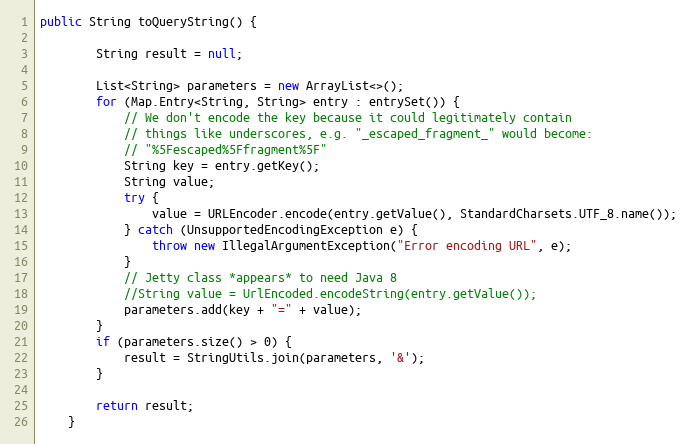
Language: Java
public String toQueryString() {

        String result = null;

        List<String> parameters = new ArrayList<>();
        for (Map.Entry<String, String> entry : entrySet()) {
            // We don't encode the key because it could legitimately contain
            // things like underscores, e.g. "_escaped_fragment_" would become:
            // "%5Fescaped%5Ffragment%5F"
            String key = entry.getKey();
            String value;
            try {
                value = URLEncoder.encode(entry.getValue(), StandardCharsets.UTF_8.name());
            } catch (UnsupportedEncodingException e) {
                throw new IllegalArgumentException("Error encoding URL", e);
            }
            // Jetty class *appears* to need Java 8
            //String value = UrlEncoded.encodeString(entry.getValue());
            parameters.add(key + "=" + value);
        }
        if (parameters.size() > 0) {
            result = StringUtils.join(parameters, '&');
        }

        return result;
    }